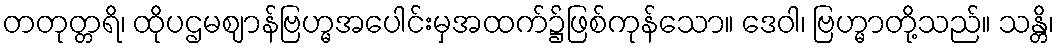
တတုတ္တရိ၊ ထိုပဌမဈာန်ဗြဟ္မအပေါင်းမှအထက်၌ဖြစ်ကုန်သော။ ဒေဝါ၊ ဗြဟ္မာတို့သည်။ သန္တိ၊